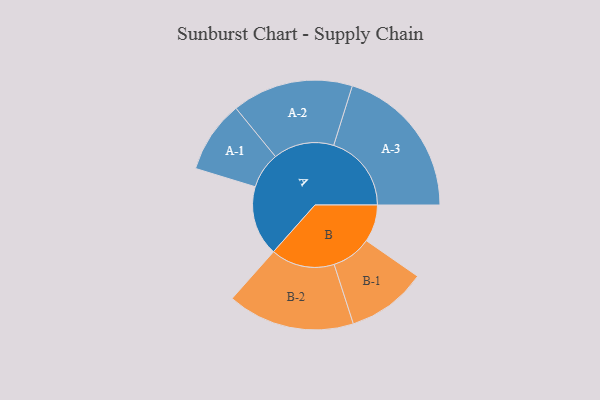
{"axis": {"x": "Segment", "y": "Value"}, "legend": ["", "A", "B"], "data": [{"x": "A", "y": 254, "type": ""}, {"x": "B", "y": 135, "type": ""}, {"x": "A-1", "y": 131, "type": "A"}, {"x": "A-2", "y": 220, "type": "A"}, {"x": "A-3", "y": 282, "type": "A"}, {"x": "B-1", "y": 145, "type": "B"}, {"x": "B-2", "y": 231, "type": "B"}]}